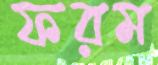
ফরম